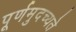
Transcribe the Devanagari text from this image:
पूर्णमुदच्यते